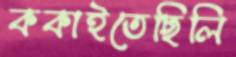
ককাইতেছিলি